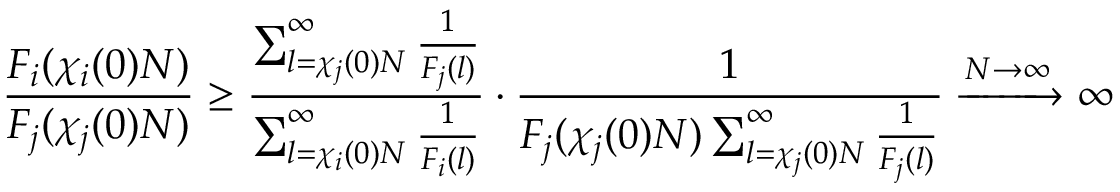
\frac { F _ { i } ( \chi _ { i } ( 0 ) N ) } { F _ { j } ( \chi _ { j } ( 0 ) N ) } \ge \frac { \sum _ { l = \chi _ { j } ( 0 ) N } ^ { \infty } \frac { 1 } { F _ { j } ( l ) } } { \sum _ { l = \chi _ { i } ( 0 ) N } ^ { \infty } \frac { 1 } { F _ { i } ( l ) } } \cdot \frac { 1 } { F _ { j } ( \chi _ { j } ( 0 ) N ) \sum _ { l = \chi _ { j } ( 0 ) N } ^ { \infty } \frac { 1 } { F _ { j } ( l ) } } \xrightarrow { N \to \infty } \infty